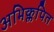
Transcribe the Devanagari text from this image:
अभिक्लपित